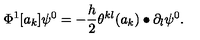
\Phi ^ { 1 } [ a _ { k } ] \psi ^ { 0 } = - \frac { h } { 2 } \theta ^ { k l } ( a _ { k } ) \bullet \partial _ { l } \psi ^ { 0 } .